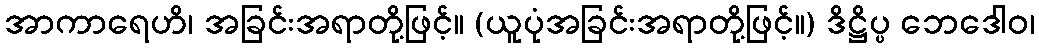
အာကာရေဟိ၊ အခြင်းအရာတို့ဖြင့်။ (ယူပုံအခြင်းအရာတို့ဖြင့်။) ဒိဋ္ဌိပ္ပ ဘေဒေါဝ၊